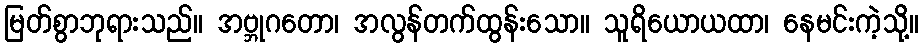
မြတ်စွာဘုရားသည်။ အဗ္ဘုဂတော၊ အလွန်တက်ထွန်းသော။ သူရိယောယထာ၊ နေမင်းကဲ့သို့။